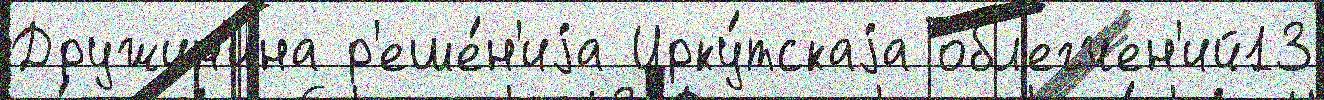
Дружин'ина р'еше́н'иjа Ирку́тскаjа обл'егчен'ий13